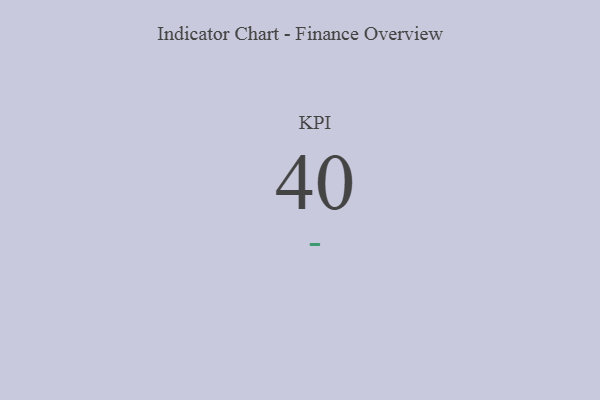
{"axis": {"x": "KPI", "y": "Value"}, "legend": [""], "data": [{"x": "KPI", "y": 40, "type": ""}]}